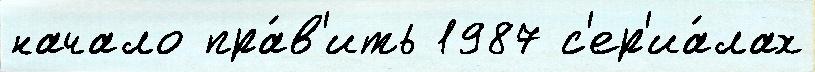
начало пра́в'ить 1987 с'ер'иа́лах